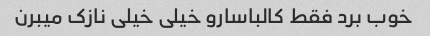
خوب برد فقط کالباسارو خیلی خیلی نازک میبرن